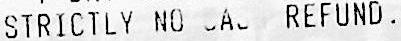
STRICTLY NO CASH REFUND.